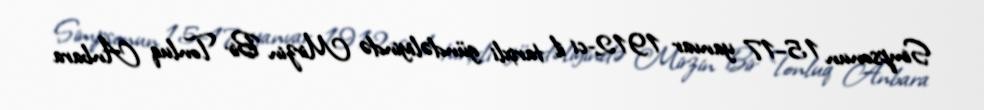
Simpsonun 15–17 yanvar 1912-ci il tarixli gündəliyində Mirzin Bir Tonluq Anbara